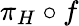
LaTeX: \pi_{H}\circ f